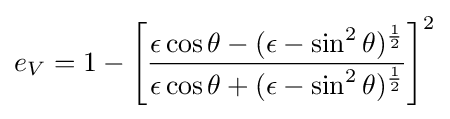
e_{V}=1-\left[{\frac {\epsilon \cos \theta -(\epsilon -\sin ^{2}\theta )^{\frac {1}{2}}}{\epsilon \cos \theta +(\epsilon -\sin ^{2}\theta )^{\frac {1}{2}}}}\right]^{2}